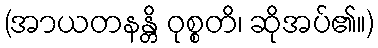
(အာယတနန္တိ ဝုစ္စတိ၊ ဆိုအပ်၏။)